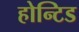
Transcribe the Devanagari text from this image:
होन्टिड